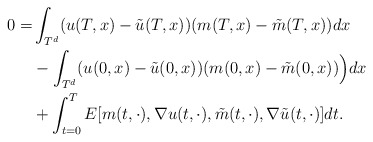
\begin{align*} 0 =& \int_{T^d } (u(T,x)-\tilde u(T,x))(m(T,x)-\tilde m(T,x)) dx \\ & - \int_{T^d }(u(0,x)-\tilde u(0,x))(m(0,x)-\tilde m(0,x))\Bigr) dx \\& + \int_{t=0}^T E [ m(t,\cdot),\nabla u(t,\cdot), \tilde m(t,\cdot), \nabla \tilde u(t,\cdot)] dt . \end{align*}